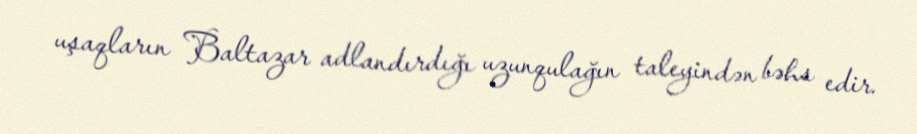
uşaqların Baltazar adlandırdığı uzunqulağın taleyindən bəhs edir.